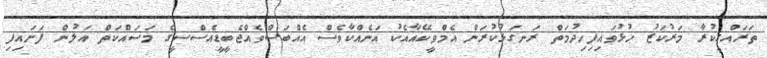
ތަރައްގީކުރާ މަރުކަޒު ހުޅުވައިފިހިދުމަތް ރަނގަޅުކުރަން އެމްވީކޭއާއެކު އަނެއްކާވެސް އެއްބަސްވެއްޖެބީޑީއެސްސީގެ މަސައްކަތް އަލުން ފަށައިފި